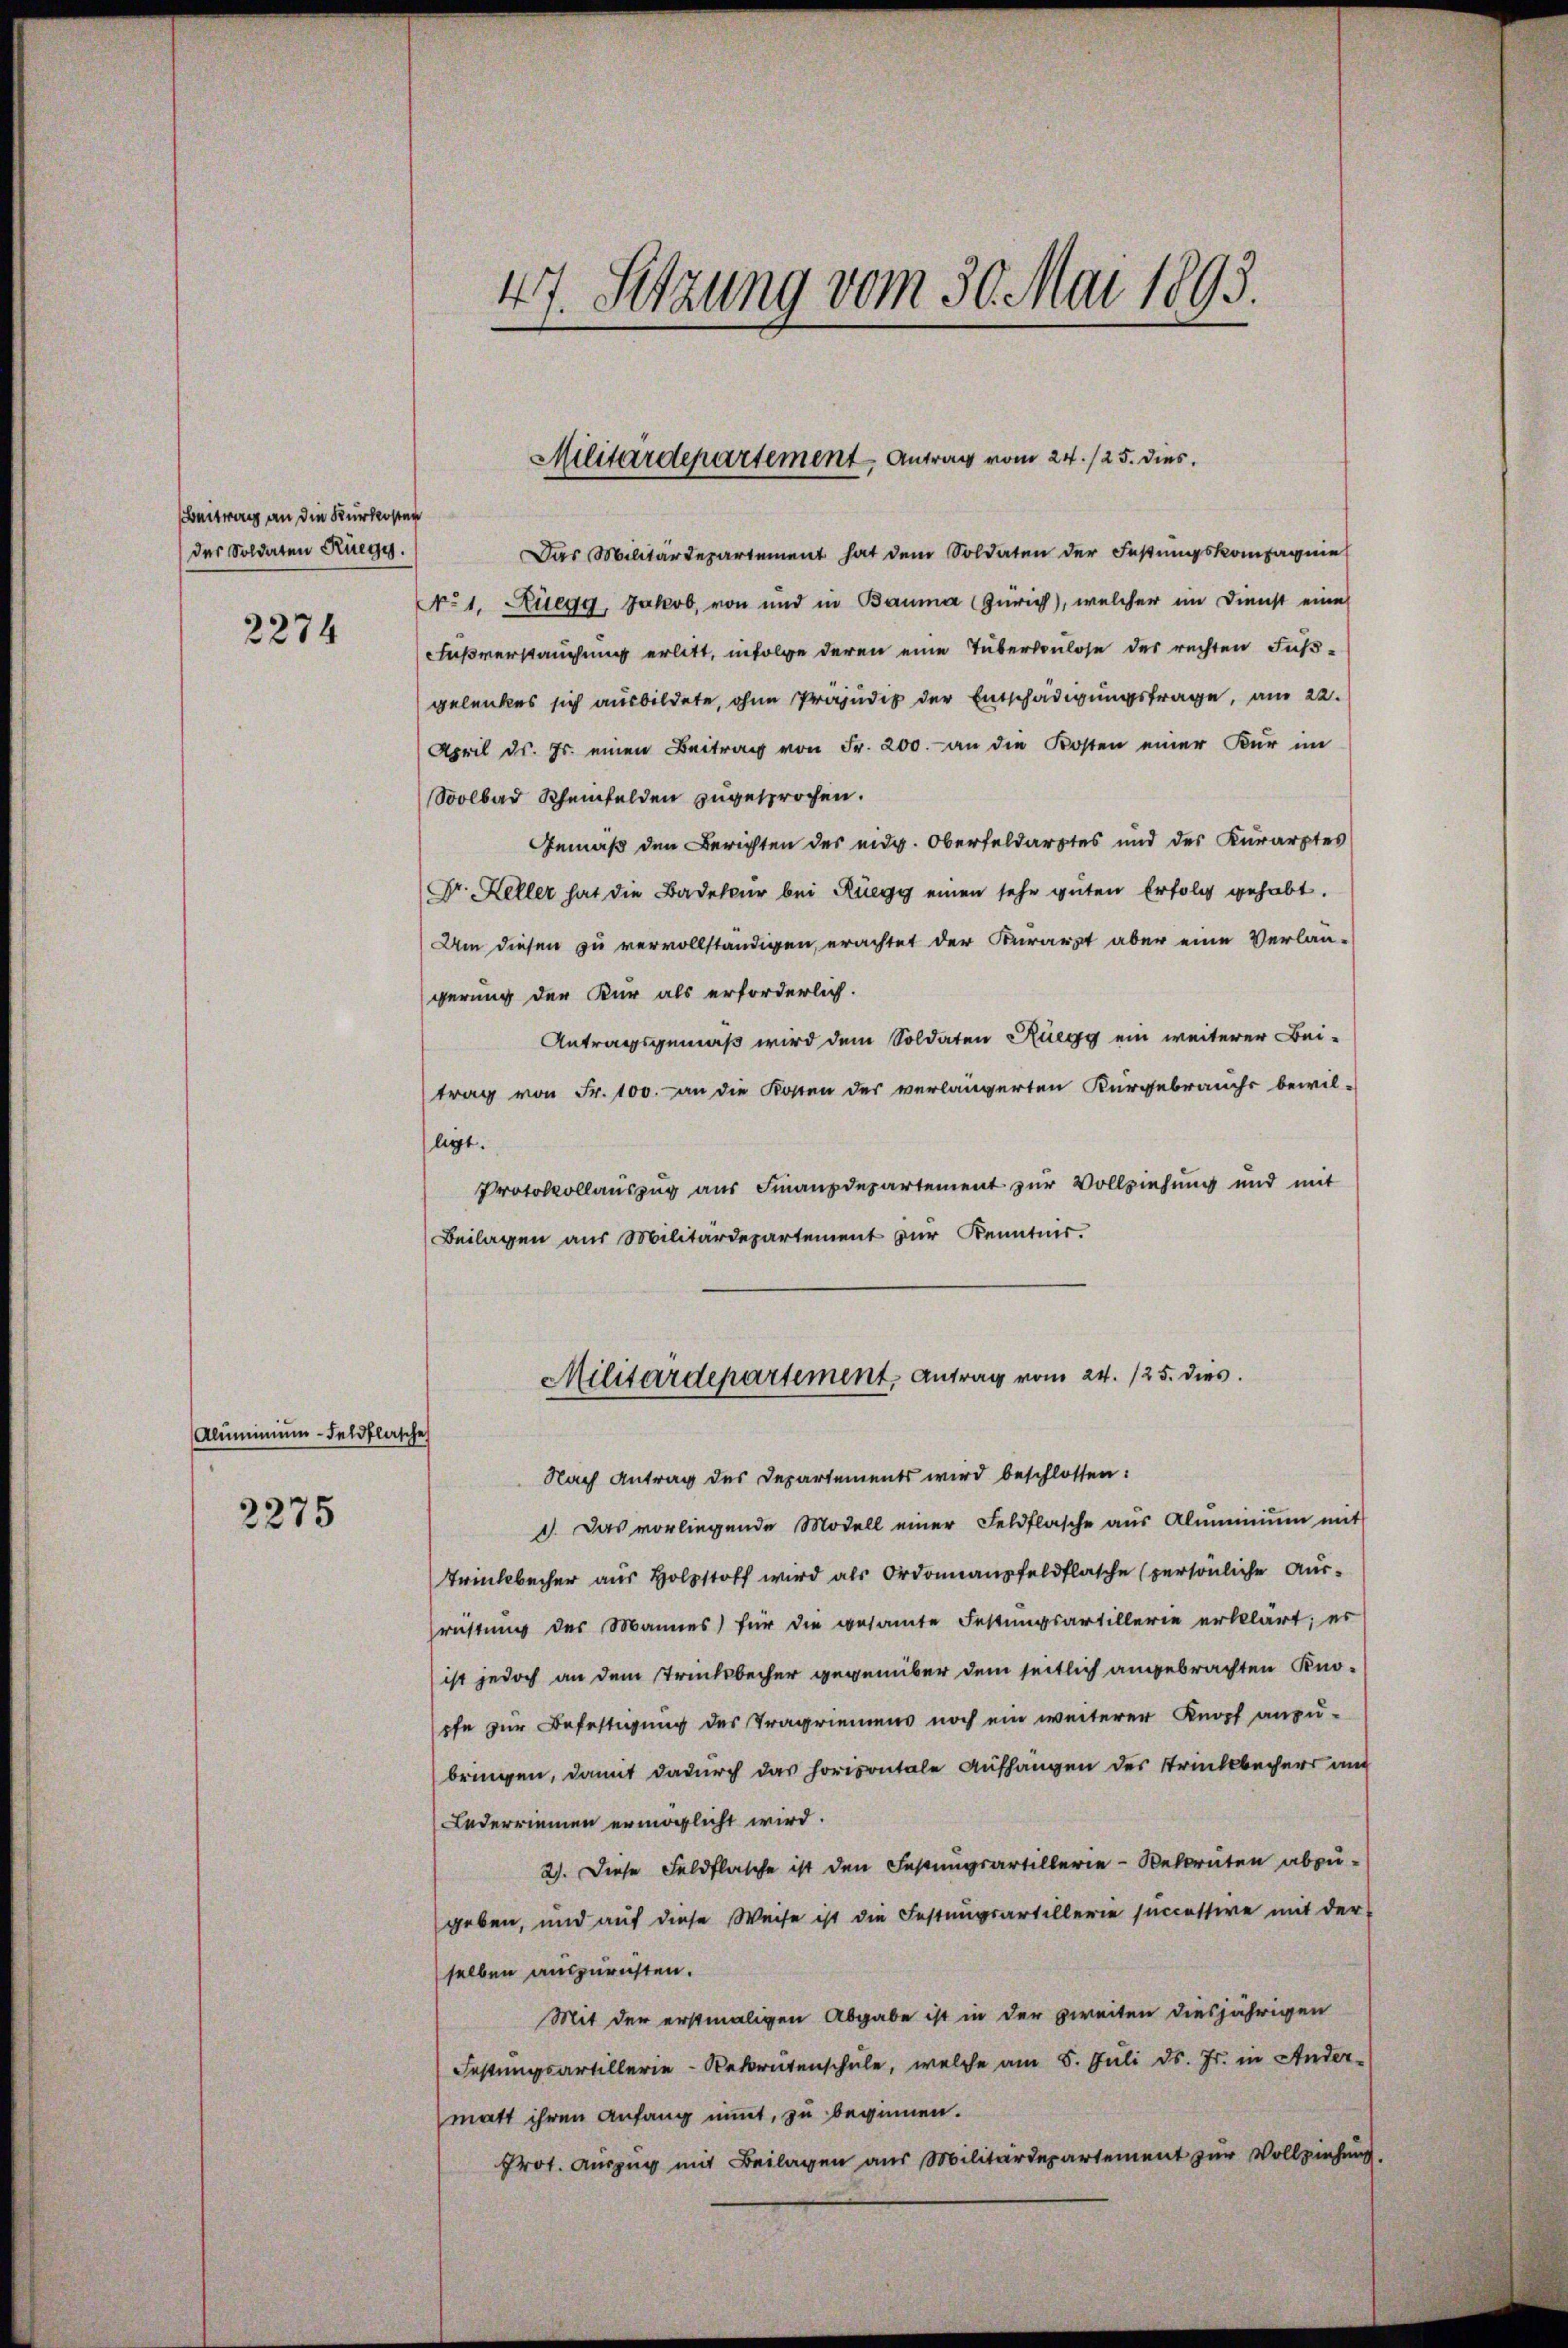
Beitrag an die Kurkosten
der Soldaten Rüegg.
2274

Aluminium - Feldflasche

2275

Das Militärdepartement hat dem Soldaten der Festungskompagnie
NNo. 1. Ruegg, Jakob, von und in Bauma (Zürich), welcher im Dienst eine
Fußverstauchung erlitt, infolge deren eine Tuberkoulose des rechten Fußgelenkes sich ausbildete, ohne Präjudiz der Entschädigungsfrage, am 22.
April d. Js. einen Beitrag von Fr. 200. an die Kosten einer Kur im
Soolbad Rheinfelden zugesprochen.
Gemäß den Berichten des eidg. Oberfeldarztes und des Kurarptes
(Dr. Keller hat die Badetur bei Rüegg einen sehr guten Erfolg gehabt.
Um diesen zu vervollständigen, erachtet der Kurarzt aber eine Verlan-
gerung der Kur als erforderlich.
Antragsgemäß wird dem Soldaten Ruegg ein weiterer Bei-
trag von Fr. 100. an die Kosten der verlängerten Kurgebrauchs bewil-
ligt.
Protokollauszug aus Finanzdepartement zur Vollziehung und mit
Beilagen aus Militärdepartement zur Kenntnis.

47. Setzung vom 30. Mai 1893.

Militärdepartement Antrag vom 24./25. dies

Militärdepartement. Antrag vom 24. 125. dies

Nach Antrag des Departements wird beschlossen:
. Das vorliegende Modell einer Feldflasche aŭs Aluminium mit
Trinkbecher aus Holstoff wird als Ordonnansfeldflasche (persönliche Aus-
rüstung des Mannes für die gesamte Festungsartillerie erklärt; es
ist jedoch an dem Trückbecher gegenüber dem seitlich angebrachten Knopfe zur Befestigung des Tragriemens noch ein weiterer Knopf anzu-
bringen, damit dadurch das horizontale Aufhängen des Trinkbechner auf
Lederriemen ermöglicht wird.
2). Diese Feldflasche ist den Festungsartillerie-Rekruten abzu-
geben, und auf diese Weise ist die Festungsartillerie successive mit der
selben auszurichten.
Mit der erstmaligen Abgabe ist in der zweiten diesjährigen
Festungsartillerie-Rekrutenschule, welche am 5. Juli d. Js. in Ander-
matt ihren Anfang nimmt, zu beginnen.
Prot. Auszug mit Beilagen aus Militärdepartement zur Vollziehung.